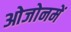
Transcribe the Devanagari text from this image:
ओजोनमें